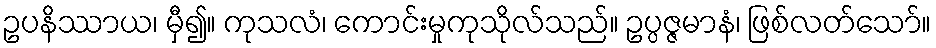
ဥပနိဿာယ၊ မှီ၍။ ကုသလံ၊ ကောင်းမှုကုသိုလ်သည်။ ဥပ္ပဇ္ဇမာနံ၊ ဖြစ်လတ်သော်။